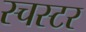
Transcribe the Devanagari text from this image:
स्चस्टर